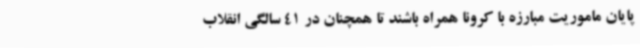
پایان ماموریت مبارزه با کرونا همراه باشند تا همچنان در 41 سالگی انقلاب